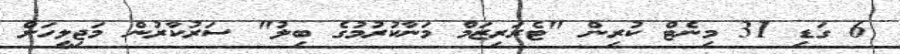
6 ގަޑި 31 މިނެޓް ކުރިން "ޓެރަރިޒަމް މަނާކުރުމުގެ ބިލު" ސަރުކާރުން މަޖިލީހަށް